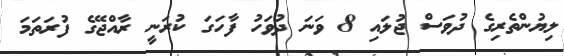
ލިޔުންތެރިގެ ދުވަސް ޖުލައި 8 ވަަނަ ދުވަހު ފާހަގަ ކުރަނީ ރާއްޖޭގެ ފުރަތަމަ